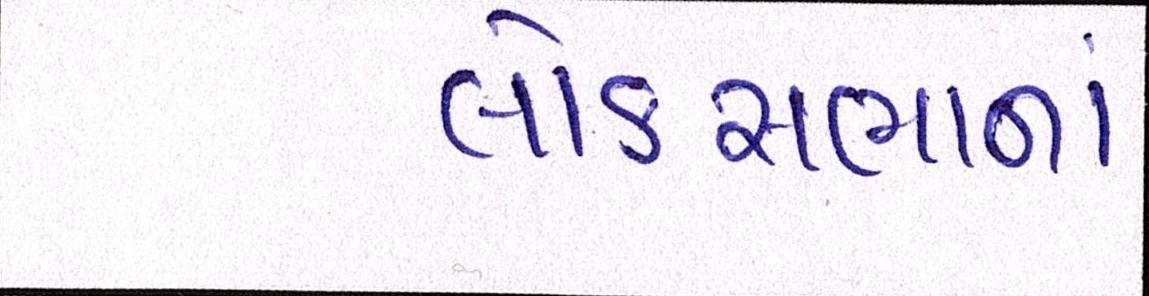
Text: લોકસબાનાં